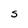
Character: S